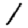
Digit: 1